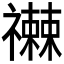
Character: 𥜕